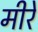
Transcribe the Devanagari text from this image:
मीरे